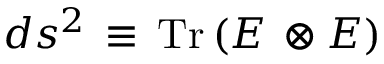
d s ^ { 2 } \, \equiv \, \mathrm { T r } \left( E \, \otimes E \right)